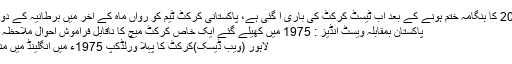
ٹوئنٹی20 کا ہنگامہ ختم ہونے کے بعد اب ٹیسٹ کرکٹ کی باری آ گئی ہے، پاکستانی کرکٹ ٹیم کو رواں ماہ کے آخر میں برطانیہ کے دورے پر
پاکستان بمقابلہ ویسٹ انڈیز : 1975 میں کھیلے گئے ایک خاص کرکٹ میچ کا ناقابل فراموش احوال ملاحظہ کیجئے
لاہور (ویب ڈیسک)کرکٹ کا پہلا ورلڈکپ 1975ء میں انگلینڈ میں منعقد ہوا۔